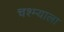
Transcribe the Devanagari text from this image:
चश्म्याला